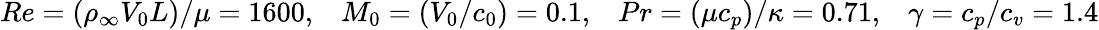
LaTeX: \begin{array}{r}{\begin{array}{cccc}{{Re}=(\rho_{\infty}V_{0}L)/\mu=1600,}&{{M}_{0}=(V_{0}/c_{0})=0.1,}&{{Pr}=(\mu c_{p})/\kappa=0.71,}&{\gamma=c_{p}/c_{v}=1.4}\end{array}}\end{array}